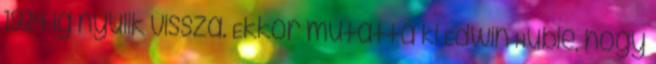
1924-ig nyúlik vissza. Ekkor mutatta ki Edwin Huble, hogy